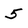
Character: 5